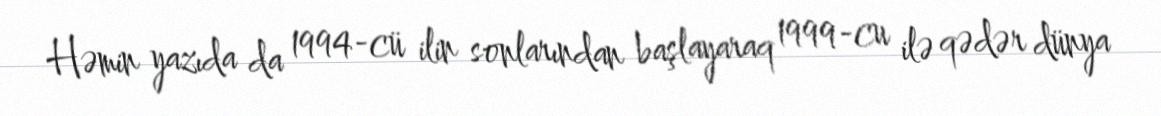
Həmin yazıda da 1994-cü ilin sonlarından başlayaraq 1999-cu ilə qədər dünya